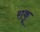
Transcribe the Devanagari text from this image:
राकू